Annual report of the Camel Specialist
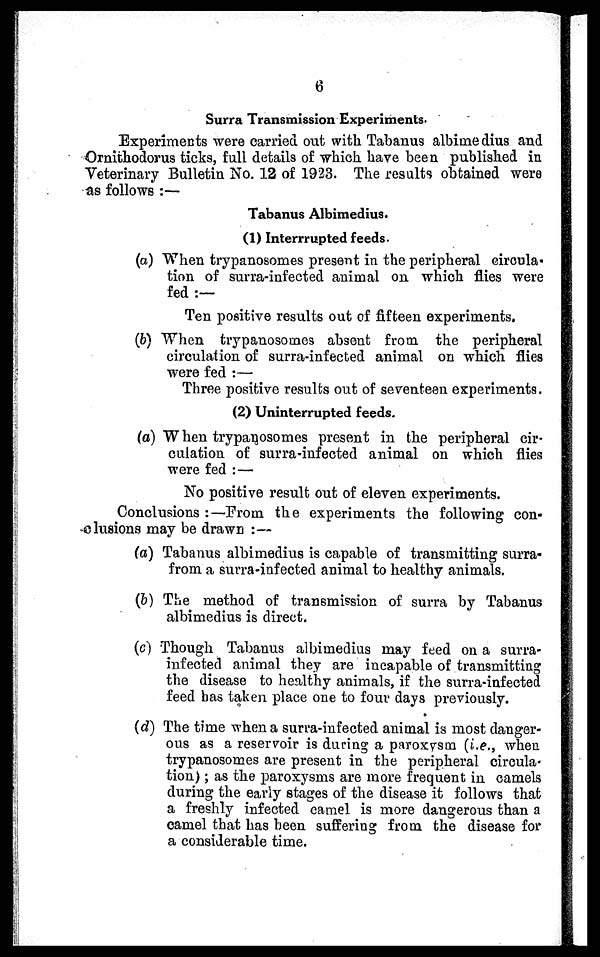
6
Surra Transmission Experiments.
Experiments were carried out with Tabanus albimedius and
Ornithodorus ticks, full details of which have been published in
Veterinary Bulletin No. 12 of 1923. The results obtained were
as follows :—
Tabanus Albimedius.
(1) Interrupted feeds.
(a) When trypanosomes present in the peripheral circula-
tion of surra-infected animal on which flies were
fed :—
Ten positive results out of fifteen experiments.
(b) When trypanosomes absent from the peripheral
circulation of surra-infected animal on which flies
were fed :—
Three positive results out of seventeen experiments.
(2) Uninterrupted feeds.
(a) When trypanosomes present in the peripheral cir-
culation of surra-infected animal on which flies
were fed :—
No positive result out of eleven experiments.
Conclusions :—From the experiments the following con-
clusions may be drawn :—
(a) Tabanus albimedius is capable of transmitting surra¬
from a surra-infected animal to healthy animals.
(b) The method of transmission of surra by Tabanus
albimedius is direct.
(c) Though Tabanus albimedius may feed on a surra-
infected animal they are incapable of transmitting
the disease to healthy animals, if the surra-infected
feed has taken place one to four days previously.
(d) The time when a surra-infected animal is most danger-
ous as a reservoir is during a paroxysm (i.e., when
trypanosomes are present in the peripheral circula-
tion); as the paroxysms are more frequent in camels
during the early stages of the disease it follows that
a freshly infected camel is more dangerous than a
camel that has been suffering from the disease for
a considerable time.